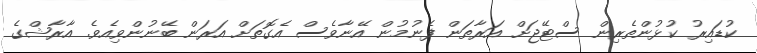
ކުޑައިރު ކުޅުންތެރިން ސްޓޭޖަށް އަރާތަން ފެނުމުން އޭނާވެސް އެގޮތަށް އަރަން ބޭނުންވިއެވެ. އާރާޝްގެ